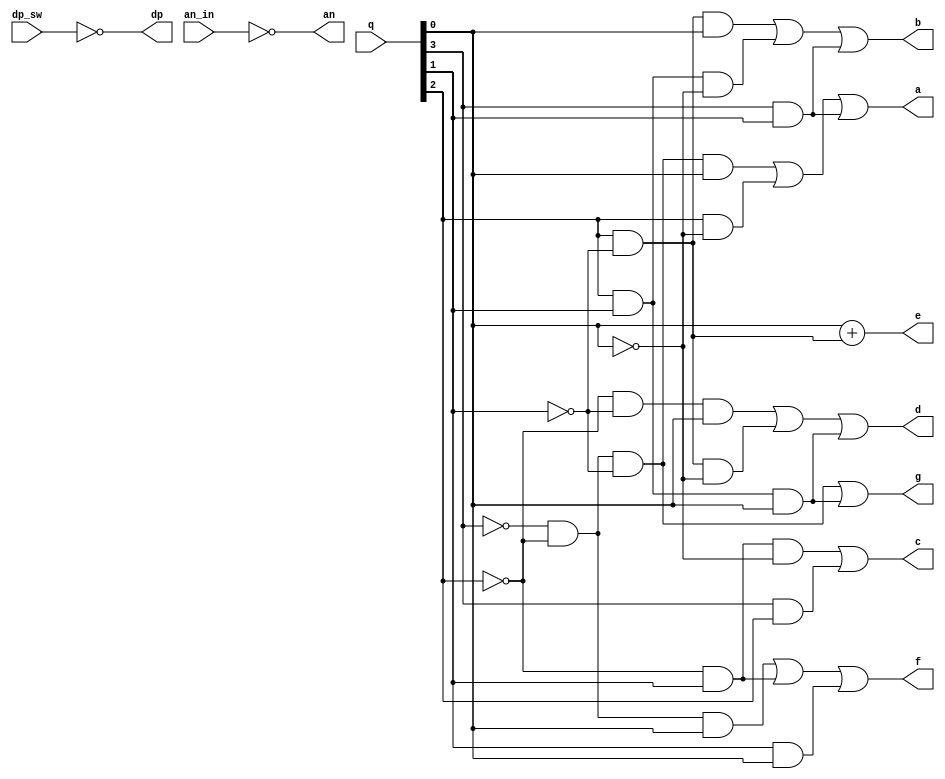
module my_7_segment(
	input [3:0] q,
	input [7:0] an_in,
	input dp_sw,
	output a,
	output b,
	output c,
	output d,
	output e,
	output f,
	output g,
	output dp,
	output [7:0] an
    );

	assign a = (~q[3] & ~q[2] & ~q[1] & q[0]) | (q[2] & ~q[0]) | (q[3] & q[1]);
	assign b = (q[2] & ~q[1] & q[0]) | (q[2] & q[1] & ~q[0]) | (q[3] & q[1]);
	assign c = (~q[2] & q[1] & ~q[0]) | (q[3] & q[2]);
	assign d = (~q[2] & ~q[1] & q[0]) | (q[2] & ~q[1] & ~q[0]) | (q[2] & q[1] & q[0]);
	assign e = q[0] + (q[2] & ~q[1]);
	assign f = (~q[3] & ~q[2] & q[0]) | (~q[2] & q[1]) | (q[1] & q[0]);
	assign g = (~q[3] & ~q[2] & ~q[1]) | (q[2] & q[1] & q[0]);
	assign dp = ~dp_sw;
	assign an = ~an_in;
		

endmodule